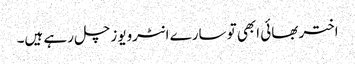
اختر بھائی ابھی تو سارے انٹرویوز چل رہے ہیں۔